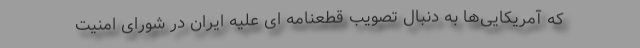
که آمریکایی‌ها به دنبال تصویب قطعنامه ای علیه ایران در شورای امنیت